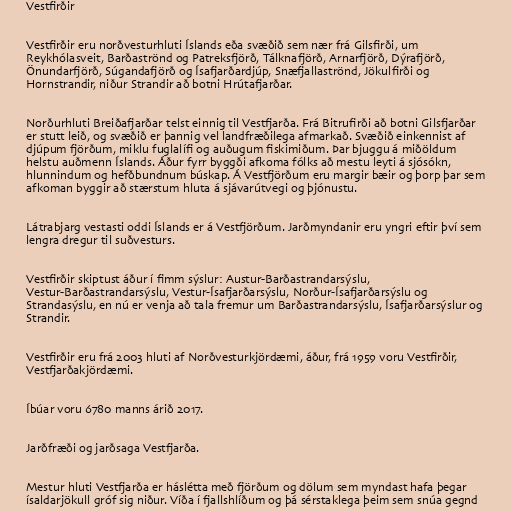
Vestfirðir

Vestfirðir eru norðvesturhluti Íslands eða svæðið sem nær frá Gilsfirði, um
Reykhólasveit, Barðaströnd og Patreksfjörð, Tálknafjörð, Arnarfjörð, Dýrafjörð,
Önundarfjörð, Súgandafjörð og Ísafjarðardjúp, Snæfjallaströnd, Jökulfirði og
Hornstrandir, niður Strandir að botni Hrútafjarðar.

Norðurhluti Breiðafjarðar telst einnig til Vestfjarða. Frá Bitrufirði að botni Gilsfjarðar
er stutt leið, og svæðið er þannig vel landfræðilega afmarkað. Svæðið einkennist af
djúpum fjörðum, miklu fuglalífi og auðugum fiskimiðum. Þar bjuggu á miðöldum
helstu auðmenn Íslands. Áður fyrr byggði afkoma fólks að mestu leyti á sjósókn,
hlunnindum og hefðbundnum búskap. Á Vestfjörðum eru margir bæir og þorp þar sem
afkoman byggir að stærstum hluta á sjávarútvegi og þjónustu.

Látrabjarg vestasti oddi Íslands er á Vestfjörðum. Jarðmyndanir eru yngri eftir því sem
lengra dregur til suðvesturs.

Vestfirðir skiptust áður í fimm sýslur: Austur-Barðastrandarsýslu,
Vestur-Barðastrandarsýslu, Vestur-Ísafjarðarsýslu, Norður-Ísafjarðarsýslu og
Strandasýslu, en nú er venja að tala fremur um Barðastrandarsýslu, Ísafjarðarsýslur og
Strandir.

Vestfirðir eru frá 2003 hluti af Norðvesturkjördæmi, áður, frá 1959 voru Vestfirðir,
Vestfjarðakjördæmi.

Íbúar voru 6780 manns árið 2017.

Jarðfræði og jarðsaga Vestfjarða.

Mestur hluti Vestfjarða er háslétta með fjörðum og dölum sem myndast hafa þegar
ísaldarjökull gróf sig niður. Víða í fjallshlíðum og þá sérstaklega þeim sem snúa gegnd